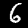
Digit: 6